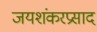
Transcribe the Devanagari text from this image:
जयशंकरप्रसाद